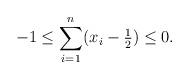
LaTeX: \begin{align*} -1 \leq \sum_{i = 1}^{n} ( x_i - \tfrac12 ) \leq 0.\end{align*}